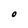
Character: O